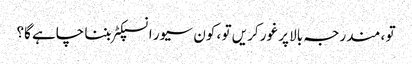
تو ، مندرجہ بالا پر غور کریں تو ، کون سیور انسپکٹر بننا چاہے گا؟